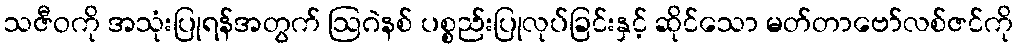
သဇီဝကို အသုံးပြုရန်အတွက် ဩဂဲနစ် ပစ္စည်းပြုလုပ်ခြင်းနှင့် ဆိုင်သော မတ်တာဗော်လစ်ဇင်ကို